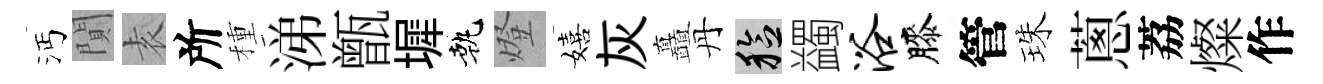
沔閴𡊮所種涕甑墀執燈嬉灰矗丹稔蠲浴膝管珠蔥荔燦作